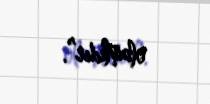
olamlıdır”.